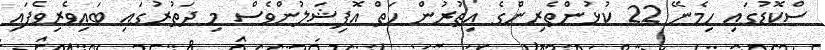
ސްކޮޑުގައި ހިމެނޭ 22 ކުޅުންތެރިންގެ އިތުރުން ހަތް އޮފިޝަލުންވެސް މި ދަތުރުގައި ބައިވެރިވެފައި